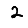
Digit: 2